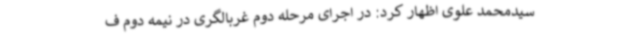
سیدمحمد علوی اظهار کرد: در اجرای مرحله دوم غربالگری در نیمه دوم ف